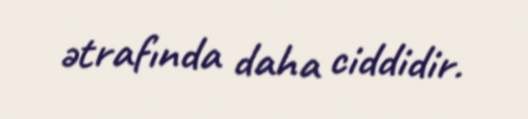
ətrafında daha ciddidir.